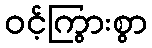
ဝင့်ကြွားစွာ